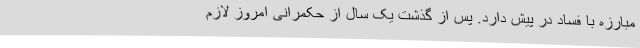
مبارزه با فساد در پیش دارد. پس از گذشت یک سال از حکمرانی امروز لازم